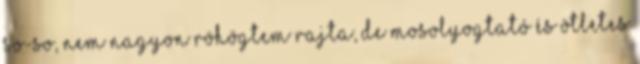
so-so, nem nagyon röhögtem rajta, de mosolyogtató és ötletes